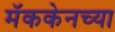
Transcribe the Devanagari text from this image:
मॅककेनच्या